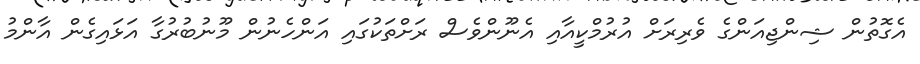
އެގޮތުން ޝިންޖިއަންގެ ވެރިރަށް އުރުމްކީއާއި އެނޫންވެސް ރަށްތަކުގައި އަންހެނުން މޫނުބުރުގާ އަޅައިގެން އާންމު